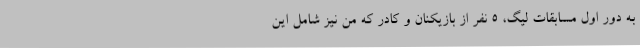
به دور اول مسابقات لیگ، 5 نفر از بازیکنان و کادر که من نیز شامل این